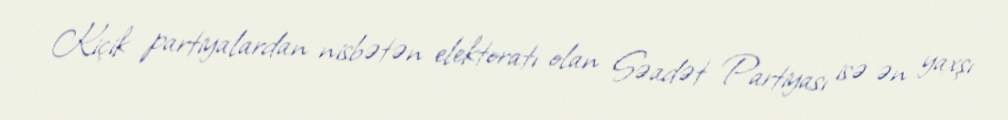
Kiçik partiyalardan nisbətən elektoratı olan Səadət Partiyası isə ən yaxşı